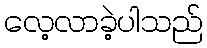
လေ့လာခဲ့ပါသည်